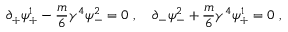
\partial _ { + } \psi _ { + } ^ { 1 } - \frac { m } { 6 } \gamma ^ { 4 } \psi _ { - } ^ { 2 } = 0 ~ , ~ ~ ~ \partial _ { - } \psi _ { - } ^ { 2 } + \frac { m } { 6 } \gamma ^ { 4 } \psi _ { + } ^ { 1 } = 0 ~ ,